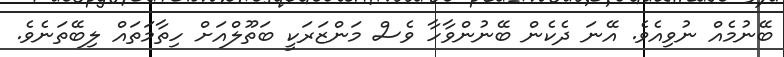
ބޭނުމެއް ނުވިއެވެ. އޭނަ ދެކެން ބޭނުންވާހާ ވެސް މަންޒަރަކީ ބަތޫލްއަށް ހިތާމަތައް ލިބޭތަނެވެ.